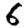
Digit: 6